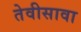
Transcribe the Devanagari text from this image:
तेवीसावा